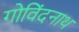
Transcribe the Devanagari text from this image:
गोविंदनाथ